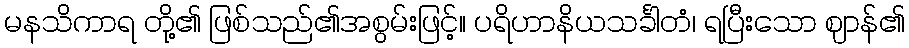
မနသိကာရ တို့၏ ဖြစ်သည်၏အစွမ်းဖြင့်။ ပရိဟာနိယသင်္ခါတံ၊ ရပြီးသော ဈာန်၏